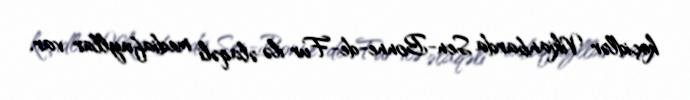
keçidlər Vikianbarda Sen-Bonne-de-Fur ilə əlaqəli mediafayllar var.